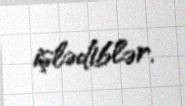
işlədiblər.